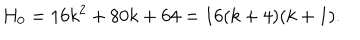
H _ { 0 } = 1 6 k ^ { 2 } + 8 0 k + 6 4 = 1 6 ( k + 4 ) ( k + 1 ) .